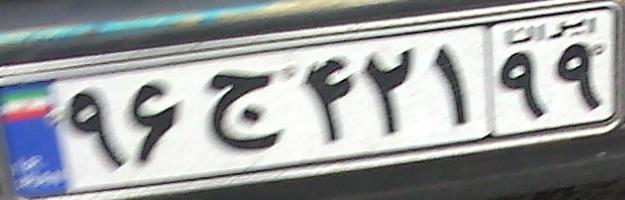
۹۶ج۴۲۱۹۹